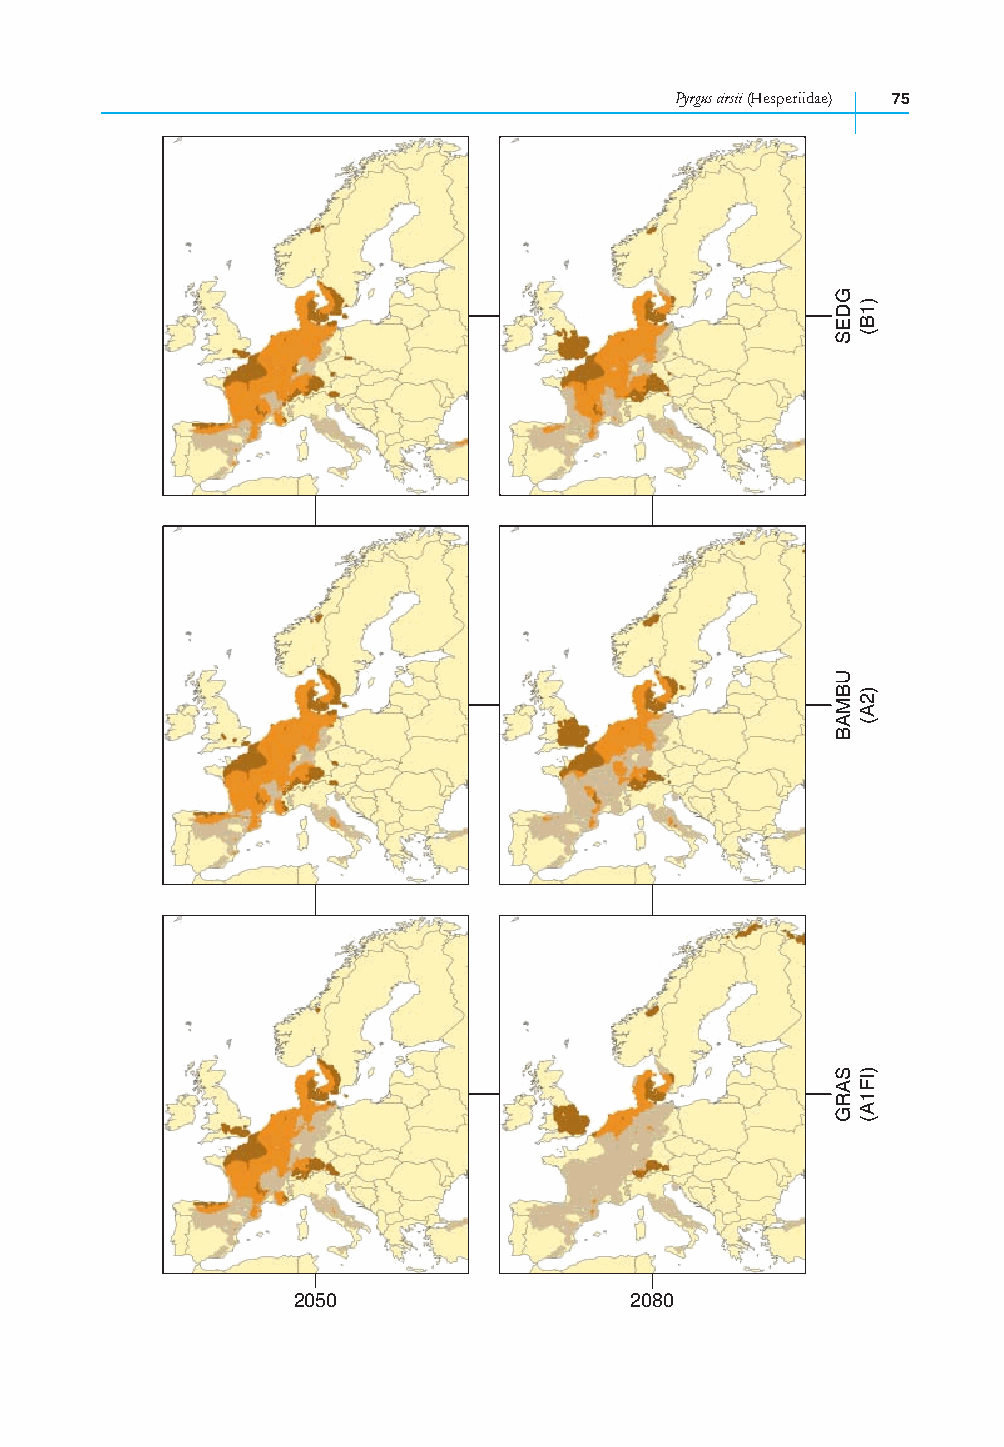
Pyrgus cirsii (Hesperiidae) 75
 2050                   2080
 GDES
 UBMAB
 SARG
 )1B(
 )2A(
 )IF1A(